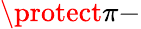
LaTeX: \protect\pi-